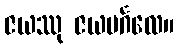
ဇယဿု ဇယမင်္ဂလေ။